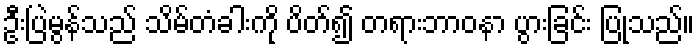
ဦးပြဲမွန်သည် သိမ်တံခါးကို ပိတ်၍ တရားဘာဝနာ ပွားခြင်း ပြုသည်။